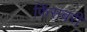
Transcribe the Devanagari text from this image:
फिंसबरी